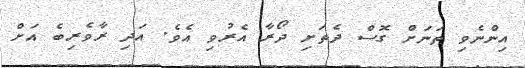
އިންނެވި ތަނަށް ގޮސް ދެތަށި ދޯރާ އެރުވި އެވެ. އަދި ރާވެރިބެ އަށް